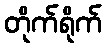
တိုက်ရိုက်